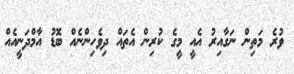
ވުރެ މަތިން ނަގާއިރު އެއީ މީގެ ކުރިން އެތައް ދިވެހިންނެއް ބޮޑު އާމްދަނީއެއް